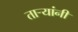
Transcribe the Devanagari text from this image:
ताऱ्यांनी